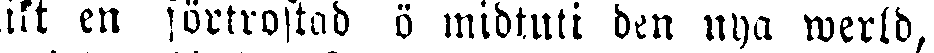
ikt en förtrostad ö midtuli den nya werld,